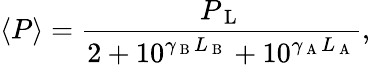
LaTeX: \left<P\right>=\frac{P_{\mathrm{~L~}}}{2+10^{\gamma_{\mathrm{~B~}}L_{\mathrm{~B~}}}+10^{\gamma_{\mathrm{~A~}}L_{\mathrm{~A~}}}},